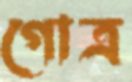
গোত্র